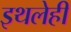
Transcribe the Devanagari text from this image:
इथलेही